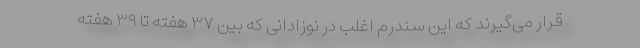
قرار می‌گیرند که این سندرم اغلب در نوزادانی که بین ۳۷ هفته تا ۳۹ هفته